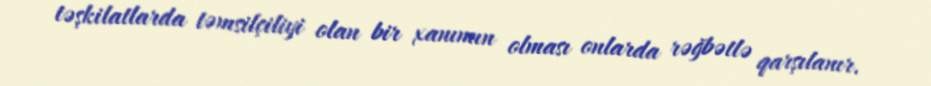
təşkilatlarda təmsilçiliyi olan bir xanımın olması onlarda rəğbətlə qarşılanır.